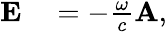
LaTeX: \begin{array}{rl}{\mathbf{E}}&{{}=-\frac{\omega}{c}\mathbf{A},}\end{array}